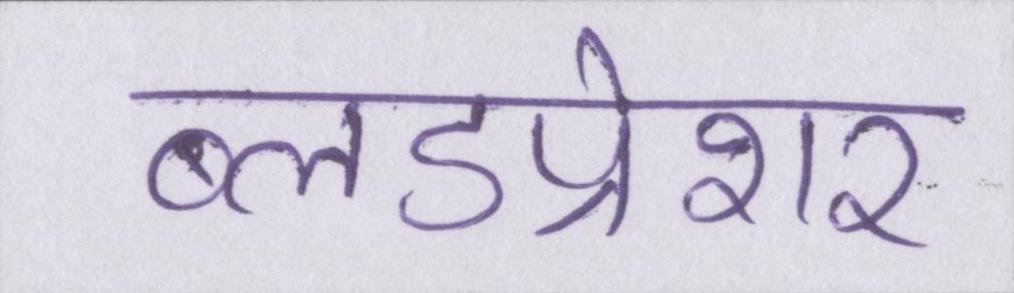
ब्लडप्रेशर